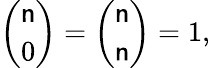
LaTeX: {\binom{\mathsf{n}}{0}}={\binom{\mathsf{n}}{\mathsf{n}}}=1,